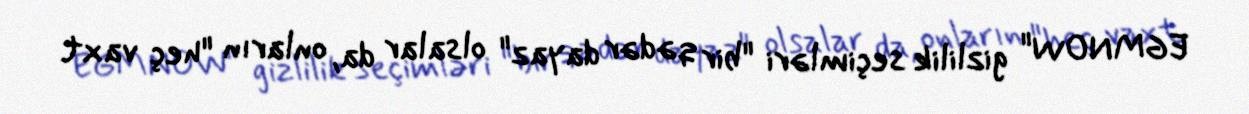
EGMNOW" gizlilik seçimləri "bir qədər dayaz" olsalar da, onların "heç vaxt